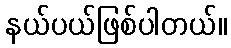
နယ်ပယ်ဖြစ်ပါတယ်။